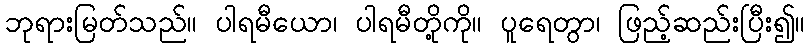
ဘုရားမြတ်သည်။ ပါရမီယော၊ ပါရမီတို့ကို။ ပူရေတွာ၊ ဖြည့်ဆည်းပြီး၍။